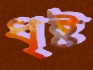
ধৃষ্ট